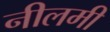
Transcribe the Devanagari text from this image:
नीलमी